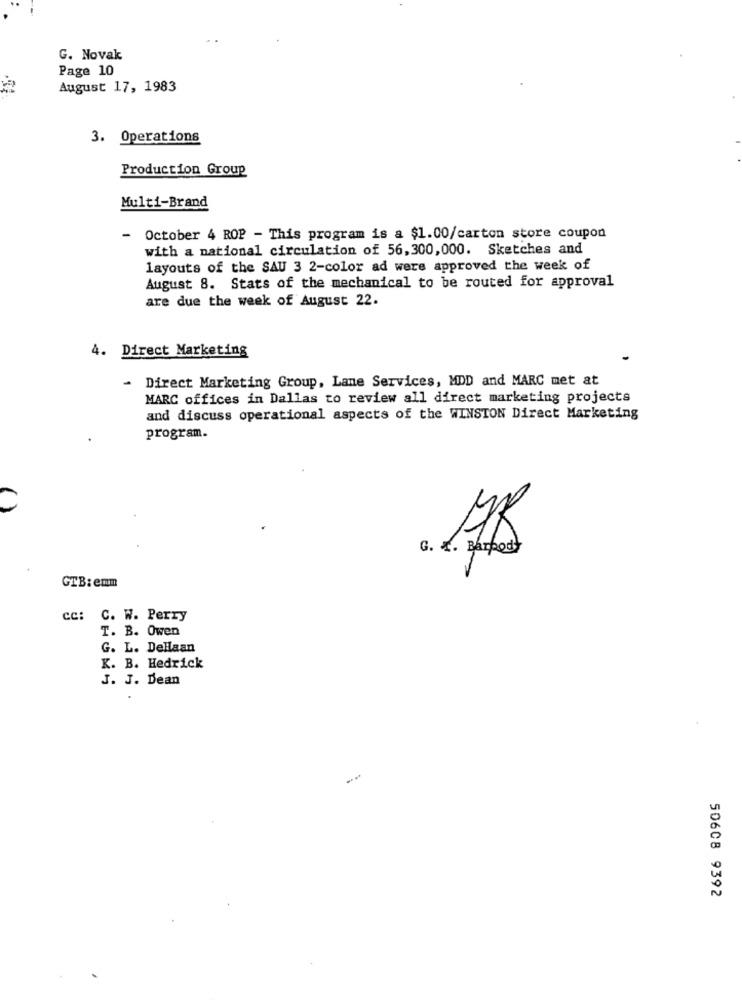
G. Novak
Page 10
August 17, 1983
3. Operations
Production Group
Multi-Brand
- October 4 ROP - This program is a $1.00/carton store coupon
with a national circulation of 56,300,000. Sketches and
layouts of the SAU 3 2-color ad were approved the week of
August 8. Stats of the mechanical to be routed for approval
are due the week of August 22.
4. Direct Marketing
Direct Marketing Group, Lame Services, MDD and MARC met at
-
MARC offices in Dallas to review all direct marketing projects
and discuss operational aspects of the WINSTON Direct Marketing
program.
G. X. Barpody
GTB: emm
cc: C. W. Perry
T. B. Owen
G. L. Dellaan
K. B. Hedrick
J. J. Dean
50608 9392